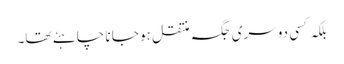
بلکہ کسی دوسری جگہ منتقل ہو جا نا چاہئے تھا۔